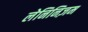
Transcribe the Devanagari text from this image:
लेनिनिज़म